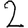
Digit: 2